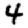
Digit: 4